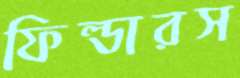
ফিল্ডারস